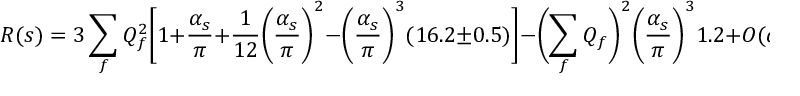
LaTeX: R ( s ) = 3 \sum _ { f } Q _ { f } ^ { 2 } \biggl [ 1 + \frac { \alpha _ { s } } { \pi } + \frac { 1 } { 1 2 } \biggl ( \frac { \alpha _ { s } } { \pi } \biggr ) ^ { 2 } - \biggl ( \frac { \alpha _ { s } } { \pi } \biggr ) ^ { 3 } ( 1 6 . 2 \pm 0 . 5 ) \biggr ] - \biggl ( \sum _ { f } Q _ { f } \biggr ) ^ { 2 } \biggl ( \frac { \alpha _ { s } } { \pi } \biggr ) ^ { 3 } 1 . 2 + O ( \alpha _ { s } ^ { 4 } )